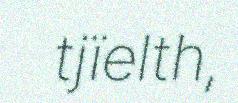
tjïelth,